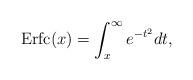
LaTeX: \begin{align*}{\rm Erfc}(x)=\int_x^{\infty}e^{-t^2}dt,\end{align*}